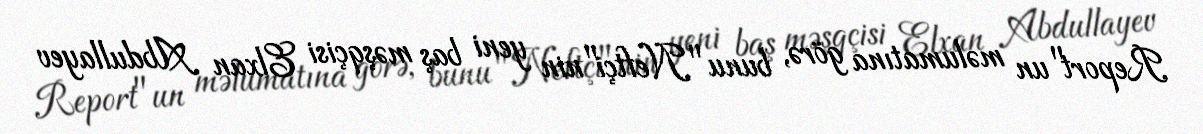
Report"un məlumatına görə, bunu "Neftçi"nin yeni baş məşqçisi Elxan Abdullayev